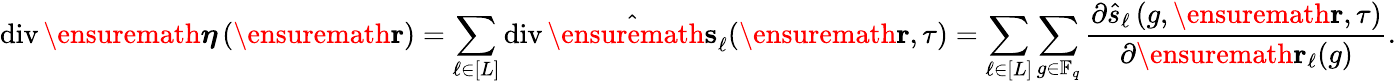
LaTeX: \operatorname{div}\ensuremath{\boldsymbol{\eta}}\left(\ensuremath{\mathbf{r}}\right)=\sum_{\ell\in[L]}\operatorname{div}\hat{\ensuremath{\mathbf{s}}}_{\ell}(\ensuremath{\mathbf{r}},\tau)=\sum_{\ell\in[L]}\sum_{g\in\mathbb{F}_{q}}\frac{\partial\hat{s}_{\ell}\left(g,\ensuremath{\mathbf{r}},\tau\right)}{\partial\ensuremath{\mathbf{r}}_{\ell}(g)}.